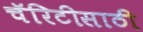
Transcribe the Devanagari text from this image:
चॅरिटीसाठी